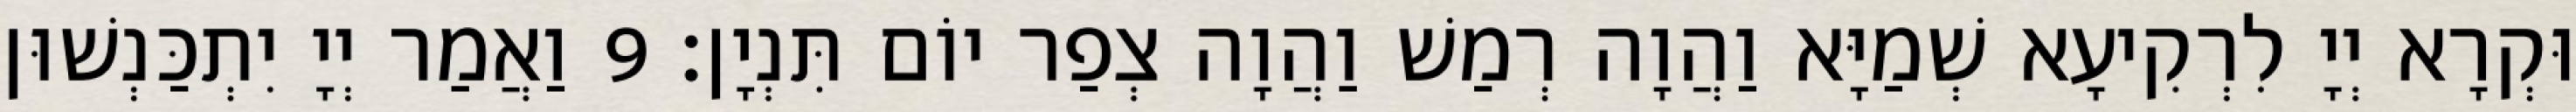
וּקְרָא יְיָ לִרְקִיעָא שְׁמַיָּא וַהֲוָה רְמַשׁ וַהֲוָה צְפַר יוֹם תִּנְיָן׃ 9 וַאֲמַר יְיָ יִתְכַּנְשׁוּן